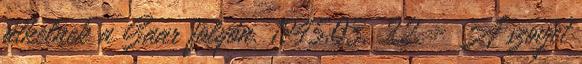
átkelnek a Saar folyón. 1945.03. 22. - A szovjet